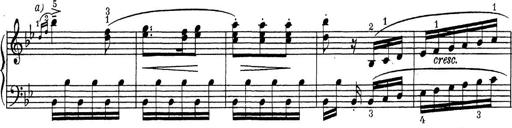
Title: ÄŒeskÃ© Sonatiny
Composer: Various